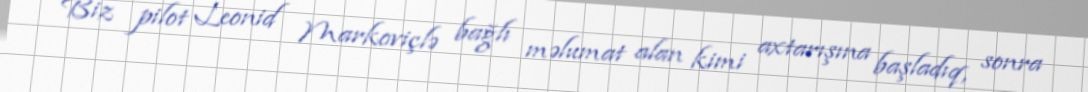
Biz pilot Leonid Markoviçlə bağlı məlumat alan kimi axtarışına başladıq, sonra